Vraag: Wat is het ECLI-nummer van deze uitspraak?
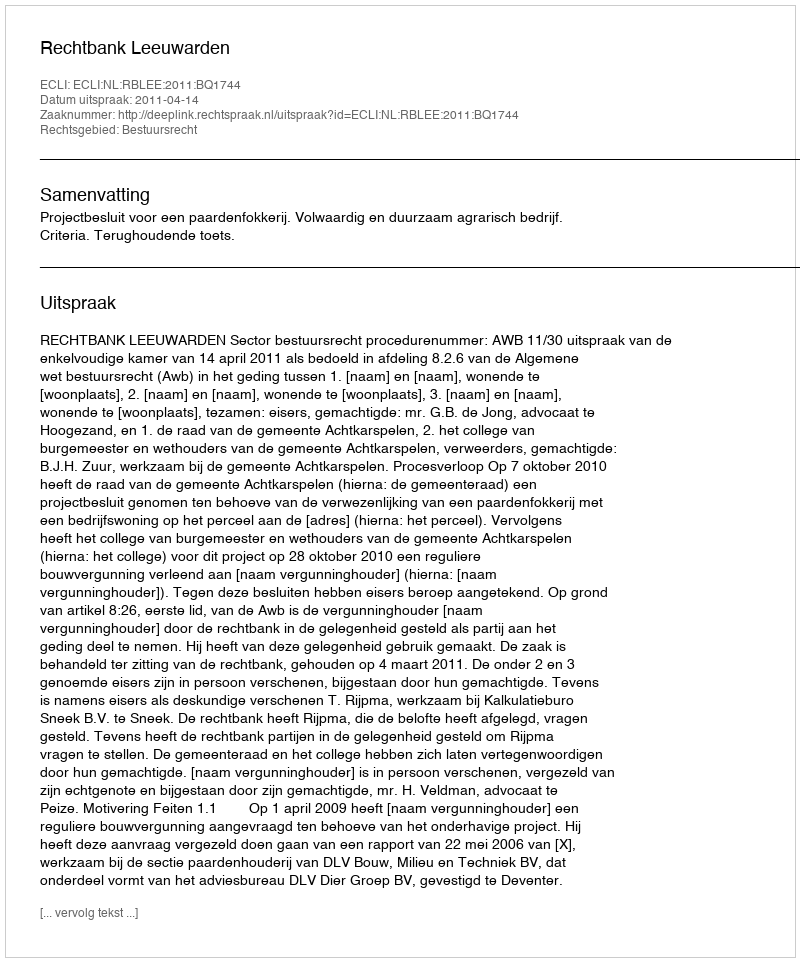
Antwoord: ECLI:NL:RBLEE:2011:BQ1744